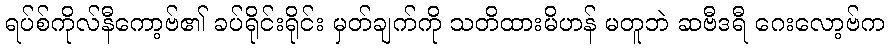
ရပ်စ်ကိုလ်နီကော့ဗ်၏ ခပ်ရိုင်းရိုင်း မှတ်ချက်ကို သတိထားမိဟန် မတူဘဲ ဆဗီဒရီ ဂေးလော့ဗ်က